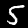
Label: 5